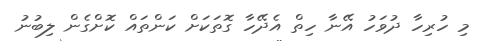
މި ހުރިހާ ދުވަހު އޭނާ ހިތް އެދޭހާ ގޮތަކަށް ކަންތައް ކޮށްގެން ލިބުނު